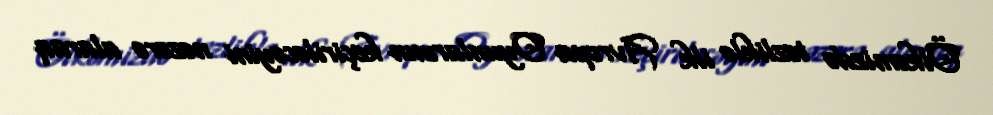
Ölkəmizdə tezliklə ilk Avropa Oyunlarının keçiriləcəyini nəzərə alaraq